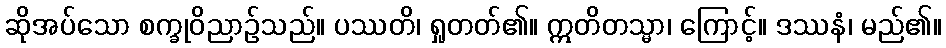
ဆိုအပ်သော စက္ခုဝိညာဉ်သည်။ ပဿတိ၊ ရှုတတ်၏။ ဣတိတသ္မာ၊ ကြောင့်။ ဒဿနံ၊ မည်၏။